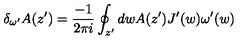
\delta _ { \omega ^ { \prime } } A ( z ^ { \prime } ) = \frac { - 1 } { 2 \pi i } \oint _ { z ^ { \prime } } d w A ( z ^ { \prime } ) J ^ { \prime } ( w ) \omega ^ { \prime } ( w )